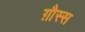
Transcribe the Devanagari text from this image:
ग़ौस्स